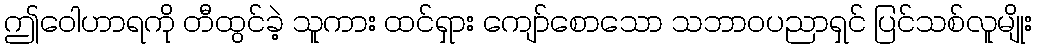
ဤဝေါဟာရကို တီထွင်ခဲ့ သူကား ထင်ရှား ကျော်စောသော သဘာဝပညာရှင် ပြင်သစ်လူမျိုး